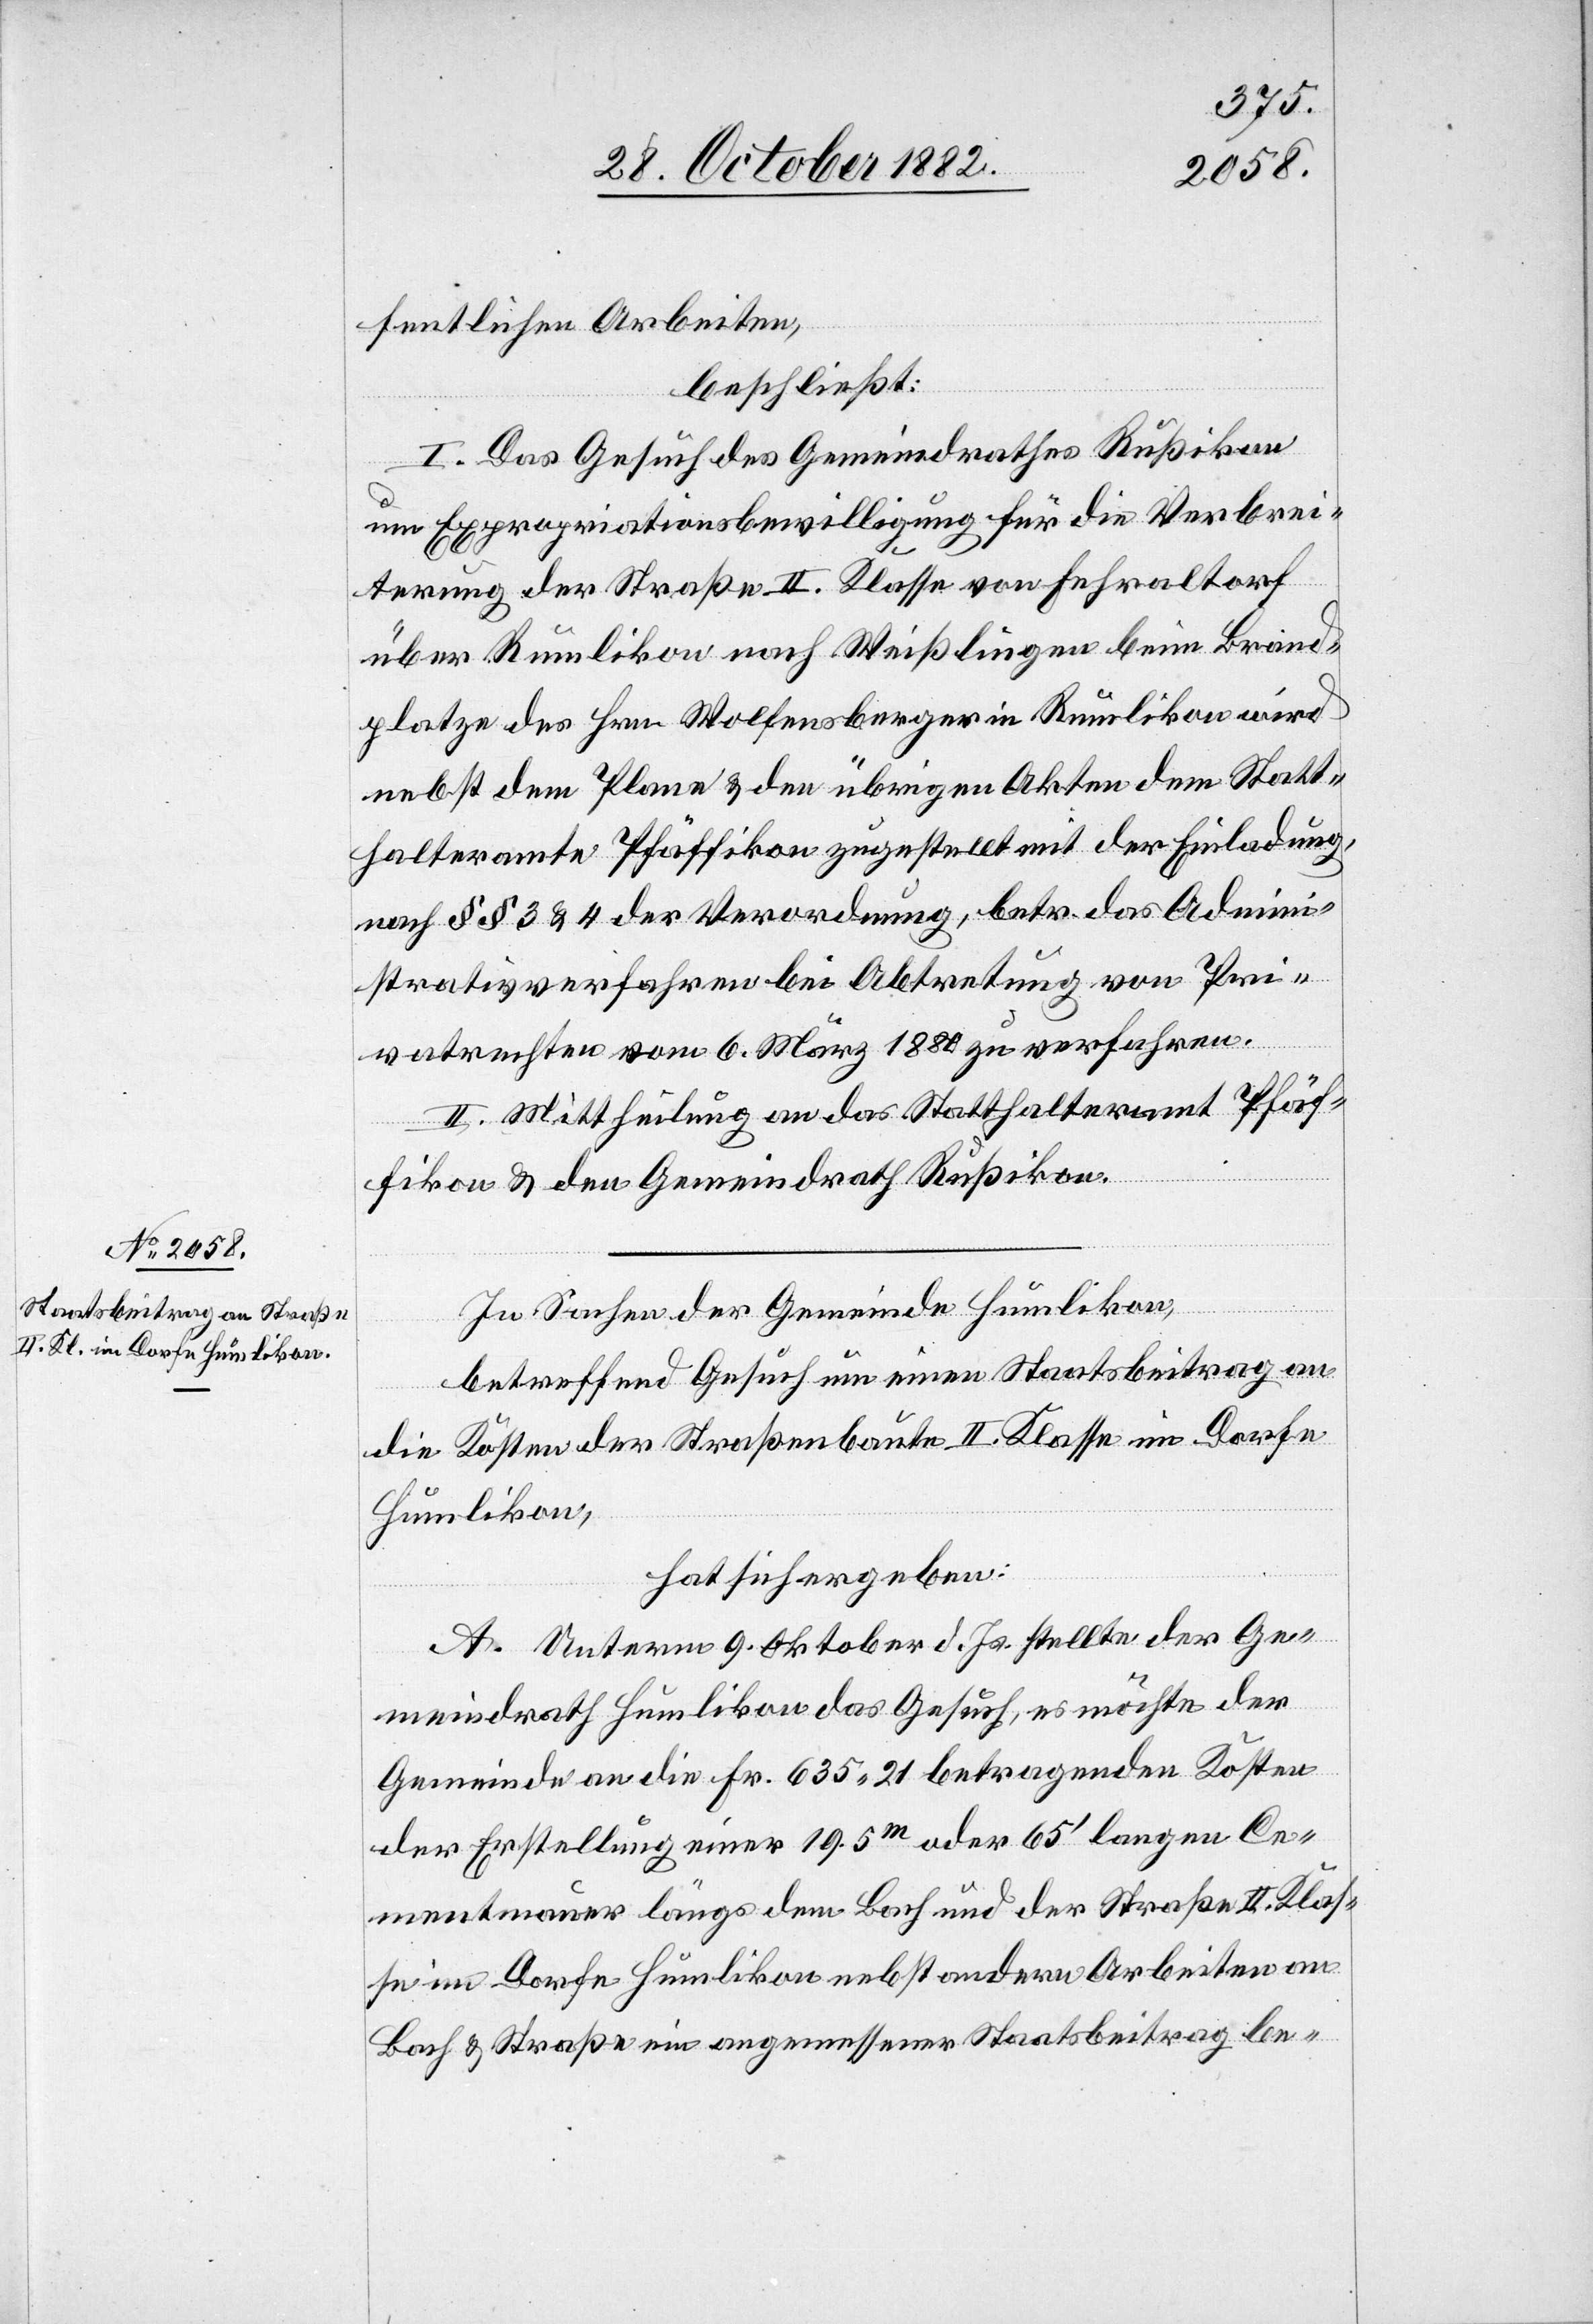
fentlichen Arbeiten,
beschließt:
I. Das Gesuch des Gemeindrathes Rußikon
um Expropriationsbewilligung für die Verbrei¬
terung der Straße II. Klasse von Fehraltorf
über Rumlikon nach Weißlingen beim Brand¬
platze des Hrn. Wolfensberger in Rumlikon wird
nebst dem Plane & den übrigen Akten dem Statt¬
halteramte Pfäffikon zugestellt mit der Einladung,
nach §§ 3 & 4 der Verordnung, betr. das Admini¬
strativverfahren bei Abtretung von Pri¬
vatrechten vom 6. März 1880 zu verfahren.
II. Mittheilung an das Statthalteramt Pfäf¬
fikon & den Gemeindrath Rußikon.
In Sachen der Gemeinde Humlikon,
betreffend Gesuch um einen Staatsbeitrag an
die Kosten der Straßenbaute II. Klasse im Dorfe
Humlikon,
hat sich ergeben:
A. Unterm 9. Oktober d. Js. stellte der Ge¬
meindrath Humlikon das Gesuch, es möchte der
Gemeinde an die Fr. 635 21 betragenden Kosten
der Erstellung einer 19.5m oder 65‘ langen Ce¬
mentmauer längs dem Bach und der Straße II. Klas¬
se im Dorfe Humlikon nebst andern Arbeiten an
Bach & Straße ein angemessener Staatsbeitrag be-